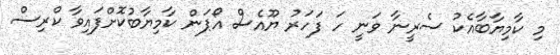
މި ކާމިޔާބާއެކު ސެރީނާ ވަނީ ހަ ފަހަރު ޔޫއެސް އޯޕަން ކާމިޔާބުކޮށްފައިވާ ކްރިސް